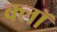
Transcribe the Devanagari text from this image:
क्लॉ